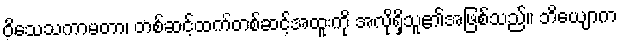
ဝိသေသကာမတာ၊ တစ်ဆင့်ထက်တစ်ဆင့်အထူးကို အလိုရှိသူ၏အဖြစ်သည်။ ဘိယျောက